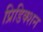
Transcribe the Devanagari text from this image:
प्रिडिक्शन